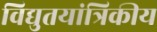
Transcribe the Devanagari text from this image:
विद्युतयांत्रिकीय